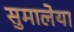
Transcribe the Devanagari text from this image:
सुमालेया